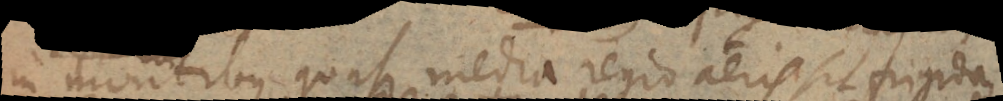
in montibus quasi media regio aeris sit frigida,